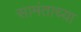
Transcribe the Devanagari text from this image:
सामंताच्या